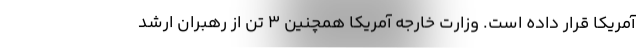
آمریکا قرار داده است. وزارت خارجه آمریکا همچنین 3 تن از رهبران ارشد